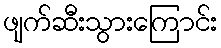
ဖျက်ဆီးသွားကြောင်း